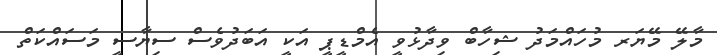
މާލޭ މޭޔަރ މުހައްމަދު ޝިހާބް ވިދާޅުވީ އެމްޑީޕީ އަކީ އަބަދުވެސް ސިޔާސީ މަސައްކަތް